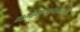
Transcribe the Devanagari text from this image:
मागविण्याबाबतची